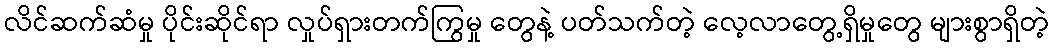
လိင်ဆက်ဆံမှု ပိုင်းဆိုင်ရာ လှုပ်ရှားတက်ကြွမှု တွေနဲ့ ပတ်သက်တဲ့ လေ့လာတွေ့ရှိမှုတွေ များစွာရှိတဲ့